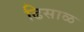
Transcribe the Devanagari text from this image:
ढिसाळ